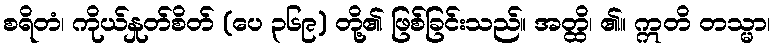
စရိတံ၊ ကိုယ်နှုတ်စိတ် (ပေ ၃၆၉) တို့၏ ဖြစ်ခြင်းသည်။ အတ္ထိ၊ ၏။ ဣတိ တသ္မာ၊